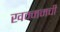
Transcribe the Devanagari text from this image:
खम्ममची